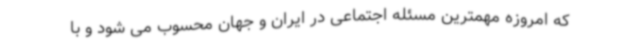
که امروزه مهمترین مسئله اجتماعی در ایران و جهان محسوب می شود و با